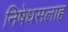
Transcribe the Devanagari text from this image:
निषेधसलाह